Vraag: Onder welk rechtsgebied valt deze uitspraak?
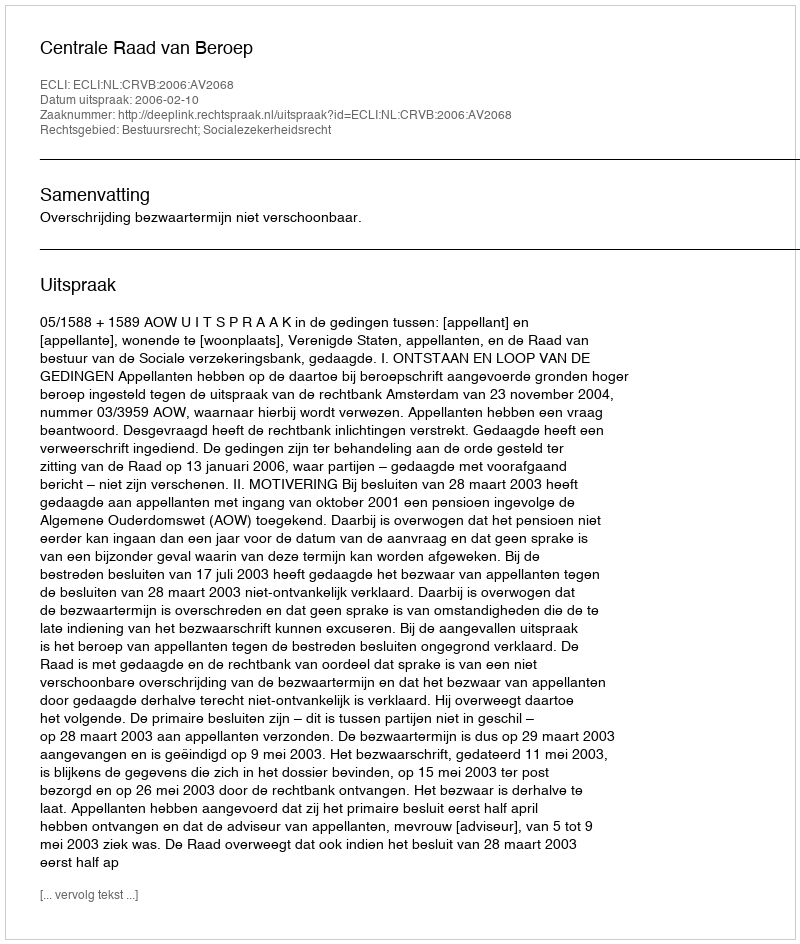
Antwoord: Bestuursrecht; Socialezekerheidsrecht